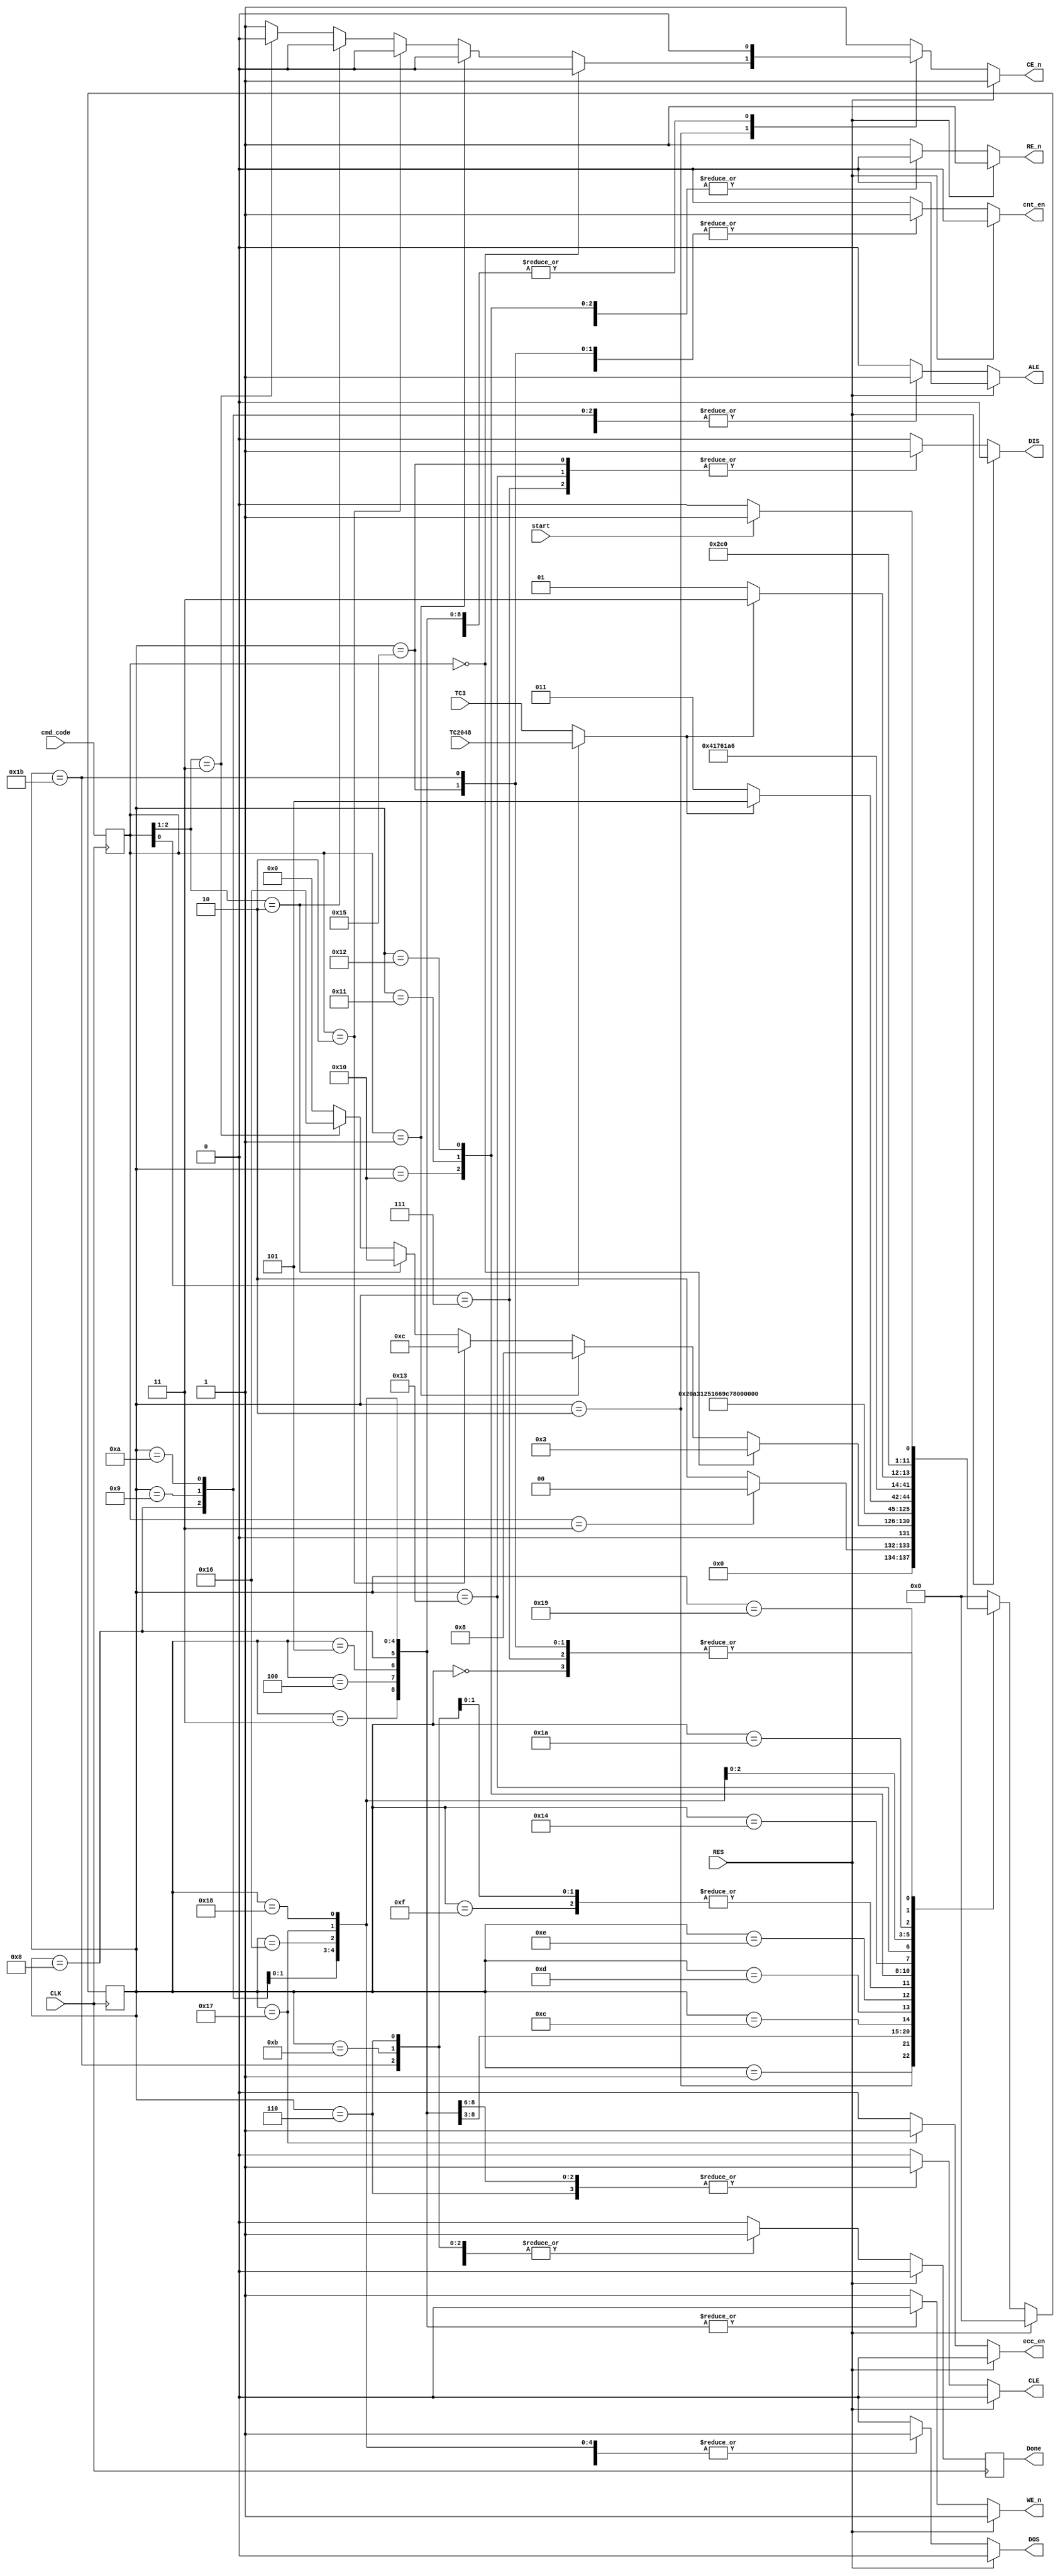
//   ==================================================================
//   >>>>>>>>>>>>>>>>>>>>>>> COPYRIGHT NOTICE <<<<<<<<<<<<<<<<<<<<<<<<<
//   ------------------------------------------------------------------
//   Copyright (c) 2013 by Lattice Semiconductor Corporation
//   ALL RIGHTS RESERVED 
//   ------------------------------------------------------------------
//
//   Permission:
//
//      Lattice SG Pte. Ltd. grants permission to use this code
//      pursuant to the terms of the Lattice Reference Design License Agreement. 
//
//
//   Disclaimer:
//
//      This VHDL or Verilog source code is intended as a design reference
//      which illustrates how these types of functions can be implemented.
//      It is the user's responsibility to verify their design for
//      consistency and functionality through the use of formal
//      verification methods.  Lattice provides no warranty
//      regarding the use or functionality of this code.
//
//   --------------------------------------------------------------------
//
//                  Lattice SG Pte. Ltd.
//                  101 Thomson Road, United Square #07-02 
//                  Singapore 307591
//
//
//                  TEL: 1-800-Lattice (USA and Canada)
//                       +65-6631-2000 (Singapore)
//                       +1-503-268-8001 (other locations)
//
//                  web: http://www.latticesemi.com/
//
//   --------------------------------------------------------------------
//


//
// Revision History :
// --------------------------------------------------------------------
//   Ver  :| Author :| Mod. Date :| Changes Made:
//   V01.0:| A.Y    :| 09/30/06  :| Initial ver
//   v01.1:| J.T    :| 06/21/09  :| just use one buffer
// --------------------------------------------------------------------
//
// 
//Description of module:
//--------------------------------------------------------------------------------
// Timing FSM creating all the necessary control signals for the nand-flash memory.
// --------------------------------------------------------------------
`timescale 1 ns / 1 fs

module TFSM(
  CLE ,
  ALE ,
  WE_n,
  RE_n,
  CE_n,
  DOS ,
  DIS ,
  cnt_en,
  TC3,
  TC2048,
  CLK,
  RES,
  start,
  cmd_code,
  ecc_en,
  Done 
)/*synthesis ugroup="mfsm_group" */;
  
  output reg CLE ; //-- CLE               
  output reg ALE ; //-- ALE               
  output reg WE_n; // -- ~WE              
  output reg RE_n; // -- ~RE              
  output reg CE_n; // -- ~CE              
  output reg DOS ; // -- data out strobe  
  output reg DIS ; //  -- data in strobe  
  output reg cnt_en; //-- ca counter ce   
  input TC3 ; //-- term counts         
  input TC2048;                     
  input CLK ;                        
  input RES ;                        
  input start;                       
  input [2:0] cmd_code; 
  output reg Done;                  
  output reg ecc_en;

// Command codes:
// 000 -Cmd Latch
// 001 -Addr latch
// 010 -Data Read 1 (1 cycle as status)
// 100 -Data Read multiple (w TC3)
// 101 -Data Read multiple (w TC2048)
// 110 -Data Write (w TC3)
// 111 -Data Write (w TC2048)
// others'll return to Init

parameter Init=0, S_Start=1, S_CE=2, 
S_CLE=3, S_CmdOut=4, S_WaitCmd=5, DoneCmd=6, Finish=7, // Cmd latch
S_ALE=8, S_ADout=9, WaitAd=10, DoneAd=11, // Addr latch
S_RE1=12, WaitR1=13, WaitR2=14, DoneR1=15,// -- Read data 1
S_RE=16, WaitR1m=17, WaitR2m=18, WaitR3m=19, S_DIS=20, FinishR=21,//  -- Read data TC
S_WE=22, WaitW=23, WaitW1=24, WaitW2=25, S_nWE=26, FinishW=27;//   -- write data

reg [5:0] NxST, CrST;
reg Done_i;//  -- muxed Term Cnt
wire TC;
reg [2:0] cmd_code_int;

assign TC = cmd_code_int[0]?TC2048:TC3;

always@(posedge CLK)
  if (RES)
    Done <=0;
  else
    Done <= Done_i;


always@(posedge CLK)
  cmd_code_int <= cmd_code;

//the State Machine
always@(posedge CLK)
  CrST <= NxST;


always@(RES or TC or cmd_code_int or start or CrST)
if (RES) begin
  NxST <= Init;
  DIS <= 0;
  DOS <= 0;
  Done_i <=0;
  ALE <= 0;
  CLE <= 0;
  WE_n <= 1;
  RE_n <= 1;
  CE_n <= 1;
  cnt_en <=0;
  ecc_en<=1'b0;
end else begin//            -- default values
   DIS <= 0;
   DOS <= 0;
   Done_i <=0;
   ALE <= 0;
   CLE <= 0;
   WE_n <= 1;
   RE_n <= 1;
   CE_n <= 1;
   cnt_en <=0;
   ecc_en<=1'b0;
  case (CrST)
    Init:begin
      if (start)
        NxST <= S_Start;
      else
        NxST <= Init;
    end
    S_Start:begin
      if (cmd_code_int==3'b011)//  -- nop
        NxST <= Init;
      else
        NxST <= S_CE;
    end
    S_CE:begin
      if (cmd_code_int==3'b000) begin
        NxST <= S_CLE;
        CE_n <= 0;
      end else if (cmd_code_int ==3'b001) begin
        NxST <= S_ALE;
        CE_n <= 0;        
      end else if (cmd_code_int ==3'b010) begin
        NxST <= S_RE1;
        CE_n <= 0;        
      end else if (cmd_code_int[2:1]==2'b10) begin
        NxST <= S_RE;
        CE_n <= 0;        
      end else if (cmd_code_int[2:1] ==2'b11) begin
        NxST <= S_WE;
        CE_n <= 0;        
      end else
        NxST <= Init;
    end 
    S_CLE:begin
      CE_n <=0;
      CLE <= 1;
      WE_n <=0;
      NxST <= S_CmdOut;
    end
    S_CmdOut:begin
      CE_n <=0;
      CLE <= 1;
      WE_n <= 0;
      DOS <= 1;
      NxST <= S_WaitCmd;
    end
    S_WaitCmd:begin
      CE_n <=0;
      CLE <= 1;
      WE_n <=0;
      DOS <= 1;
      NxST <= DoneCmd;
    end
    DoneCmd:begin
      Done_i <=1;      
      CE_n <= 0;
      CLE <= 1;
      DOS <= 1;
      NxST <= Finish;
    end  
    Finish:begin
      DIS <=1; // --1226
      if (start)
        NxST <= S_Start;
      else
        NxST <= Init;
    end
    S_ALE:begin
      CE_n <=0;
      ALE <= 1;
      WE_n <= 0;
      NxST <= S_ADout;
    end
    S_ADout:begin
      CE_n <= 0;
      ALE <= 1;
      WE_n <= 0;
      DOS <= 1;
      NxST <= WaitAd;
    end
    WaitAd:begin
      CE_n <= 0;
      ALE <= 1;
      WE_n <= 0;
      DOS <= 1;
      NxST <= DoneAd;
    end
    DoneAd:begin
      Done_i <= 1;
      CE_n <= 0;
      ALE <= 1;
      DOS <= 1;
      NxST <= Finish;
    end
    S_RE1:begin
      CE_n <= 0;
      RE_n <= 0;
      NxST <= WaitR1;
    end
    WaitR1:begin
      CE_n <= 0;
      RE_n <= 0;
      NxST <= WaitR2;
    end
    WaitR2:begin
      CE_n <= 0;
      RE_n <= 0;
      NxST <= DoneR1;
    end
    DoneR1:begin
      Done_i <= 1; 
      cnt_en <=1;   
      NxST <= Finish; // -- can set DIS there as there'll be no F_we in EBL case
    end  
    S_RE:begin
      CE_n <= 0;
      RE_n <= 0;
      NxST <= WaitR1m;
    end
    WaitR1m:begin
      CE_n <= 0;
      RE_n <= 0;
      NxST <= WaitR2m;
    end
    WaitR2m:begin
      CE_n <= 0;
      RE_n <= 0;
      NxST <= S_DIS;
    end
    S_DIS:begin
      CE_n <=0;
//--    DIS  <=1;
      if (TC ==0)
        NxST <= WaitR3m;
      else
        NxST <= FinishR;
    end
    WaitR3m:begin
      CE_n <=0;
      cnt_en <=1;
      DIS <=1; // --1226
      NxST <= S_RE;
    end
    FinishR:begin
      Done_i <=1;
      cnt_en <=1;  //--AY
      DIS <=1; //    --1226
      if (start)
        NxST <= S_Start;
      else
        NxST <= Init;
    end 
    S_WE:begin
      CE_n <=0;
      WE_n <=0;
      DOS <=1;
      NxST <= WaitW;
    end
    WaitW:begin
      ecc_en<=1'b1;
      CE_n <=0;
      WE_n <= 0;
      DOS <= 1;
      NxST <= WaitW1;
    end
    WaitW1:begin
      CE_n <=0;
      WE_n <=0;
      DOS <=1;
      NxST <= S_nWE;
    end
    S_nWE:begin
      CE_n <=0;
      DOS <= 1;
      if (TC ==0)
        NxST <= WaitW2;
      else
        NxST <= FinishW;
    end 
    WaitW2:begin
      CE_n <= 0;
      DOS <= 1;    
      cnt_en <= 1;
      NxST <= S_WE;
    end
    FinishW:begin
      Done_i <= 1;
      cnt_en <= 1;//  --AY
      DOS <= 1; //    --AY driving data for ECC
      if (start)
        NxST <= S_Start;
      else
        NxST <= Init;
    end 
    default:
       NxST <= Init;
  endcase
 end


endmodule